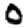
Digit: 0